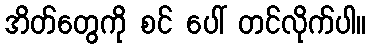
အိတ်တွေကို စင် ပေါ် တင်လိုက်ပါ။